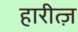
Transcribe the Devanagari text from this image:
हारीत्ज़